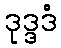
ဒုဒ္ဒဒံ